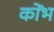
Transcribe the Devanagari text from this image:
कोंभ